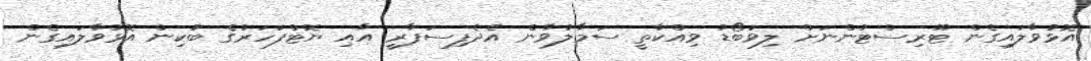
އޮޅުވާލައިގެން ޓޫރިސްޓުންނަށް ލިވަބޯޑު ވިއްކާތީ ސަމާލުވާން އެދެފިސަފާރީ އާއި ޔޮޓްފަހަރުގެ ބުކިން އޮޅުވާލައިގެން